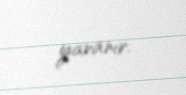
yaranır.